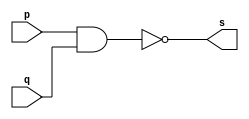
/*03.) Realizar a simulao de um operador de meia-diferena
     usando apenas portas NAND
     (modelo compacto: AND, XOR, NOT, s0 e s1)
     DICA: Usar a definio de porta da prpria linguagem
           para criar novos mdulos:

           nor  NOR01 (s, x, y);*/

module nandGate (s,p,q);
       input p,q;
       output s;
       assign s= ~(p&q);
endmodule

module notGate (s,p);
       output s;
       input p;
       nandGate nand1 (s,p,p);
endmodule

module andGate (s,p,q);
       output s;
       input p,q;
       nandGate nand1 (s0,p,q);
       notGate  not1 (s,s0);
endmodule

module xorGate (s,p,q);
       output s;
       input p,q;
       nandGate nand1 (s0,p,p);
       nandGate nand2 (s1,q,q);
       nandGate nand3 (s2,q,s0);
       nandGate nand4 (s3,s1,p);
       nandGate nand5 (s,s3,s2);
endmodule

module HalfSubtrator (s0,s1,p,q);
       output s0,s1;
       input p,q;
       xorGate xor1 (s0,p,q);
       notGate not1 (s2,p);
       andGate and1 (s1,s2,q);
endmodule

module TesteEx03;

       reg x,y;
       wire S0,S1;

       HalfSubtrator HS (S0,S1,x,y);

       initial begin

       $display ("Ex03_Guia03_Rafael Moreira Melo_405834");
       $display ("Teste EX03");

       $monitor ("%b - %b = %b %b", x,y,S1,S0);

       x=0; y=0;

    #1 x=1; y=0;
    #1 x=0; y=1;
    #1 x=1; y=1;

end
endmodule